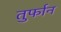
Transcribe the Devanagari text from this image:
तुर्फान